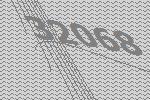
32068